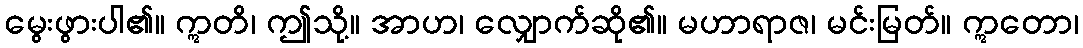
မွေးဖွားပါ၏။ ဣတိ၊ ဤသို့။ အာဟ၊ လျှောက်ဆို၏။ မဟာရာဇ၊ မင်းမြတ်။ ဣတော၊